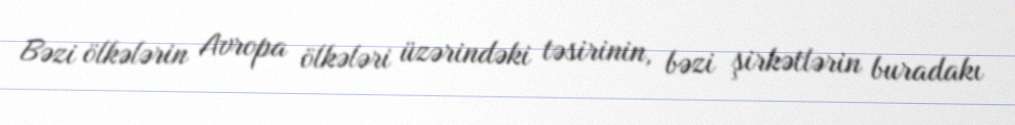
Bəzi ölkələrin Avropa ölkələri üzərindəki təsirinin, bəzi şirkətlərin buradakı